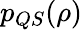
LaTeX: p_{QS}(\rho)